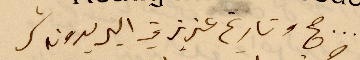
صح تاريخ عزيزتي البر بدونه شر